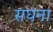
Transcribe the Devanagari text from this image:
सघना